Rangoon Lunatic Asylum 1878-1892 - 1878-1892
Year: 1878
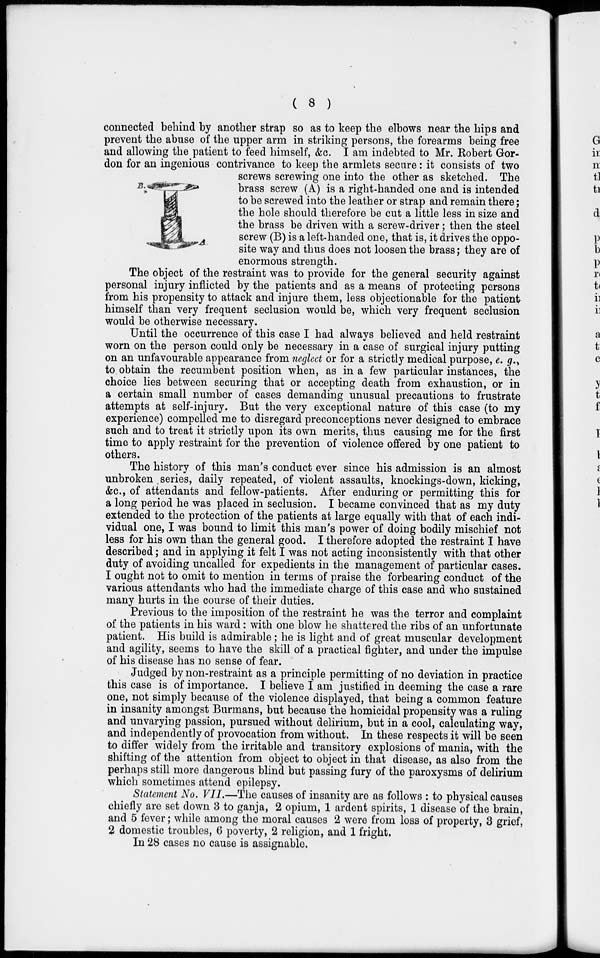
( 8 )
connected behind by another strap so as to keep the elbows near the hips and
prevent the abuse of the upper arm in striking persons, the forearms being free
and allowing the patient to feed himself, &c. I am indebted to Mr. Robert Gor-
don for an ingenious contrivance to keep the armlets secure: it consists of two
screws screwing one into the other as sketched. The
brass screw (A) is a right-handed one and is intended
to be screwed into the leather or strap and remain there;
the hole should therefore be cut a little less in size and
the brass be driven with a screw-driver; then the steel
screw (B) is a left-handed one, that is, it drives the oppo-
site way and thus does not loosen the brass; they are of
enormous strength.
The object of the restraint was to provide for the general security against
personal injury inflicted by the patients and as a means of protecting persons
from his propensity to attack and injure them, less objectionable for the patient
himself than very frequent seclusion would be, which very frequent seclusion
would be otherwise necessary.
Until the occurrence of this case I had always believed and held restraint
worn on the person could only be necessary in a case of surgical injury putting
on an unfavourable appearance from neglect or for a strictly medical purpose, e. g.,
to obtain the recumbent position when, as in a few particular instances, the
choice lies between securing that or accepting death from exhaustion, or in
a certain small number of cases demanding unusual precautions to frustrate
attempts at self-injury. But the very exceptional nature of this case (to my
experience) compelled me to disregard preconceptions never designed to embrace
such and to treat it strictly upon its own merits, thus causing me for the first
time to apply restraint for the prevention of violence offered by one patient to
others.
The history of this man's conduct ever since his admission is an almost
unbroken series, daily repeated, of violent assaults, knockings-down, kicking,
&c, of attendants and fellow-patients. After enduring or permitting this for
a long period he was placed in seclusion. I became convinced that as my duty
extended to the protection of the patients at large equally with that of each indi-
vidual one, I was bound to limit this man's power of doing bodily mischief not
less for his own than the general good. I therefore adopted the restraint I have
described; and in applying it felt I was not acting inconsistently with that other
duty of avoiding uncalled for expedients in the management of particular cases.
I ought not to omit to mention in terms of praise the forbearing conduct of the
various attendants who had the immediate charge of this case and who sustained
many hurts in the course of their duties.
Previous to the imposition of the restraint he was the terror and complaint
of the patients in his ward: with one blow he shattered the ribs of an unfortunate
patient. His build is admirable; he is light and of great muscular development
and agility, seems to have the skill of a practical fighter, and under the impulse
of his disease has no sense of fear.
Judged by non-restraint as a principle permitting of no deviation in practice
this case is of importance. I believe I am justified in deeming the case a rare
one, not simply because of the violence displayed, that being a common feature
in insanity amongst Burmans, but because the homicidal propensity was a ruling
and unvarying passion, pursued without delirium, but in a cool, calculating way,
and independently of provocation from without. In these respects it will be seen
to differ widely from the irritable and transitory explosions of mania, with the
shifting of the attention from object to object in that disease, as also from the
perhaps still more dangerous blind but passing fury of the paroxysms of delirium
which sometimes attend epilepsy.
Statement No. VII.—The causes of insanity are as follows : to physical causes
chiefly are set down 3 to ganja, 2 opium, 1 ardent spirits, 1 disease of the brain,
and 5 fever; while among the moral causes 2 were from loss of property, 3 grief,
2 domestic troubles, 6 poverty, 2 religion, and 1 fright.
In 28 cases no cause is assignable.